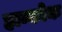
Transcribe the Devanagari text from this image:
हान्कोक